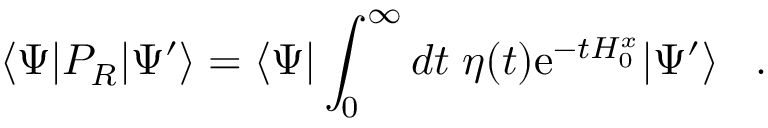
\langle \Psi | P _ { R } | \Psi ^ { \prime } \rangle = \langle \Psi | \int _ { 0 } ^ { \infty } d t \; \eta ( t ) \mathrm { e } ^ { - t H _ { 0 } ^ { x } } | \Psi ^ { \prime } \rangle \; \; \; .